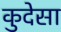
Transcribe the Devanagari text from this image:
कुदेसा